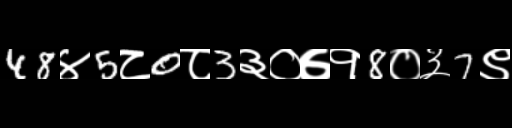
Text: 48४5८0८3३०७१8०३7९